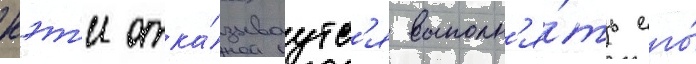
кэт'и отка́зываутс'я выполн'я́ть его́